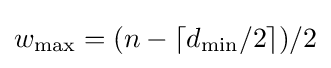
{w_{\max }}=({n}-\lceil d_{\min }/2\rceil )/2